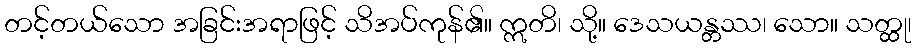
တင့်တယ်သော အခြင်းအရာဖြင့် သိအပ်ကုန်၏။ ဣတိ၊ သို့။ ဒေသယန္တဿ၊ သော။ သတ္ထု၊